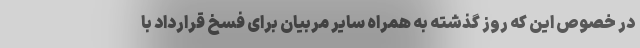
در خصوص این که روز گذشته به همراه سایر مربیان برای فسخ قرارداد با